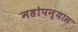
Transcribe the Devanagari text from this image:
महोपन्यास